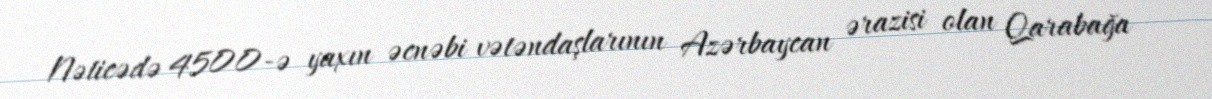
Nəticədə 4500-ə yaxın əcnəbi vətəndaşlarının Azərbaycan ərazisi olan Qarabağa